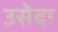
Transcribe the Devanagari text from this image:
उसेदा